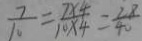
\frac { 7 } { 1 0 } = \frac { 7 \times 4 } { 1 0 \times 4 } = \frac { 2 8 } { 4 0 }